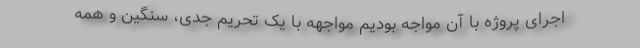
اجرای پروژه با آن مواجه بودیم مواجهه با یک تحریم جدی، سنگین و همه